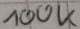
Text: 100K